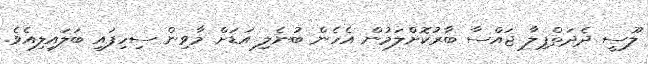
ލޫސީ ދެދަތްޕިލާ ޖައްސާ ބާރުކޮށްލަމުން އެހެން ބުނެލި އަޑަށް މާވިން ސިހިފައި ބަލައިލިއެވެ.